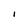
Character: I